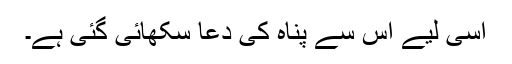
اسی لیے اس سے پناہ کی دعا سکھائی گئی ہے۔